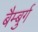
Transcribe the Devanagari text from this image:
बैम्बुर्ग